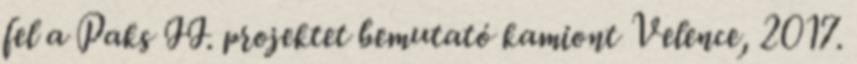
fel a Paks II. projektet bemutató kamiont Velence, 2017.